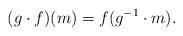
LaTeX: \begin{align*}(g\cdot f)(m)=f(g^{-1}\cdot m).\end{align*}